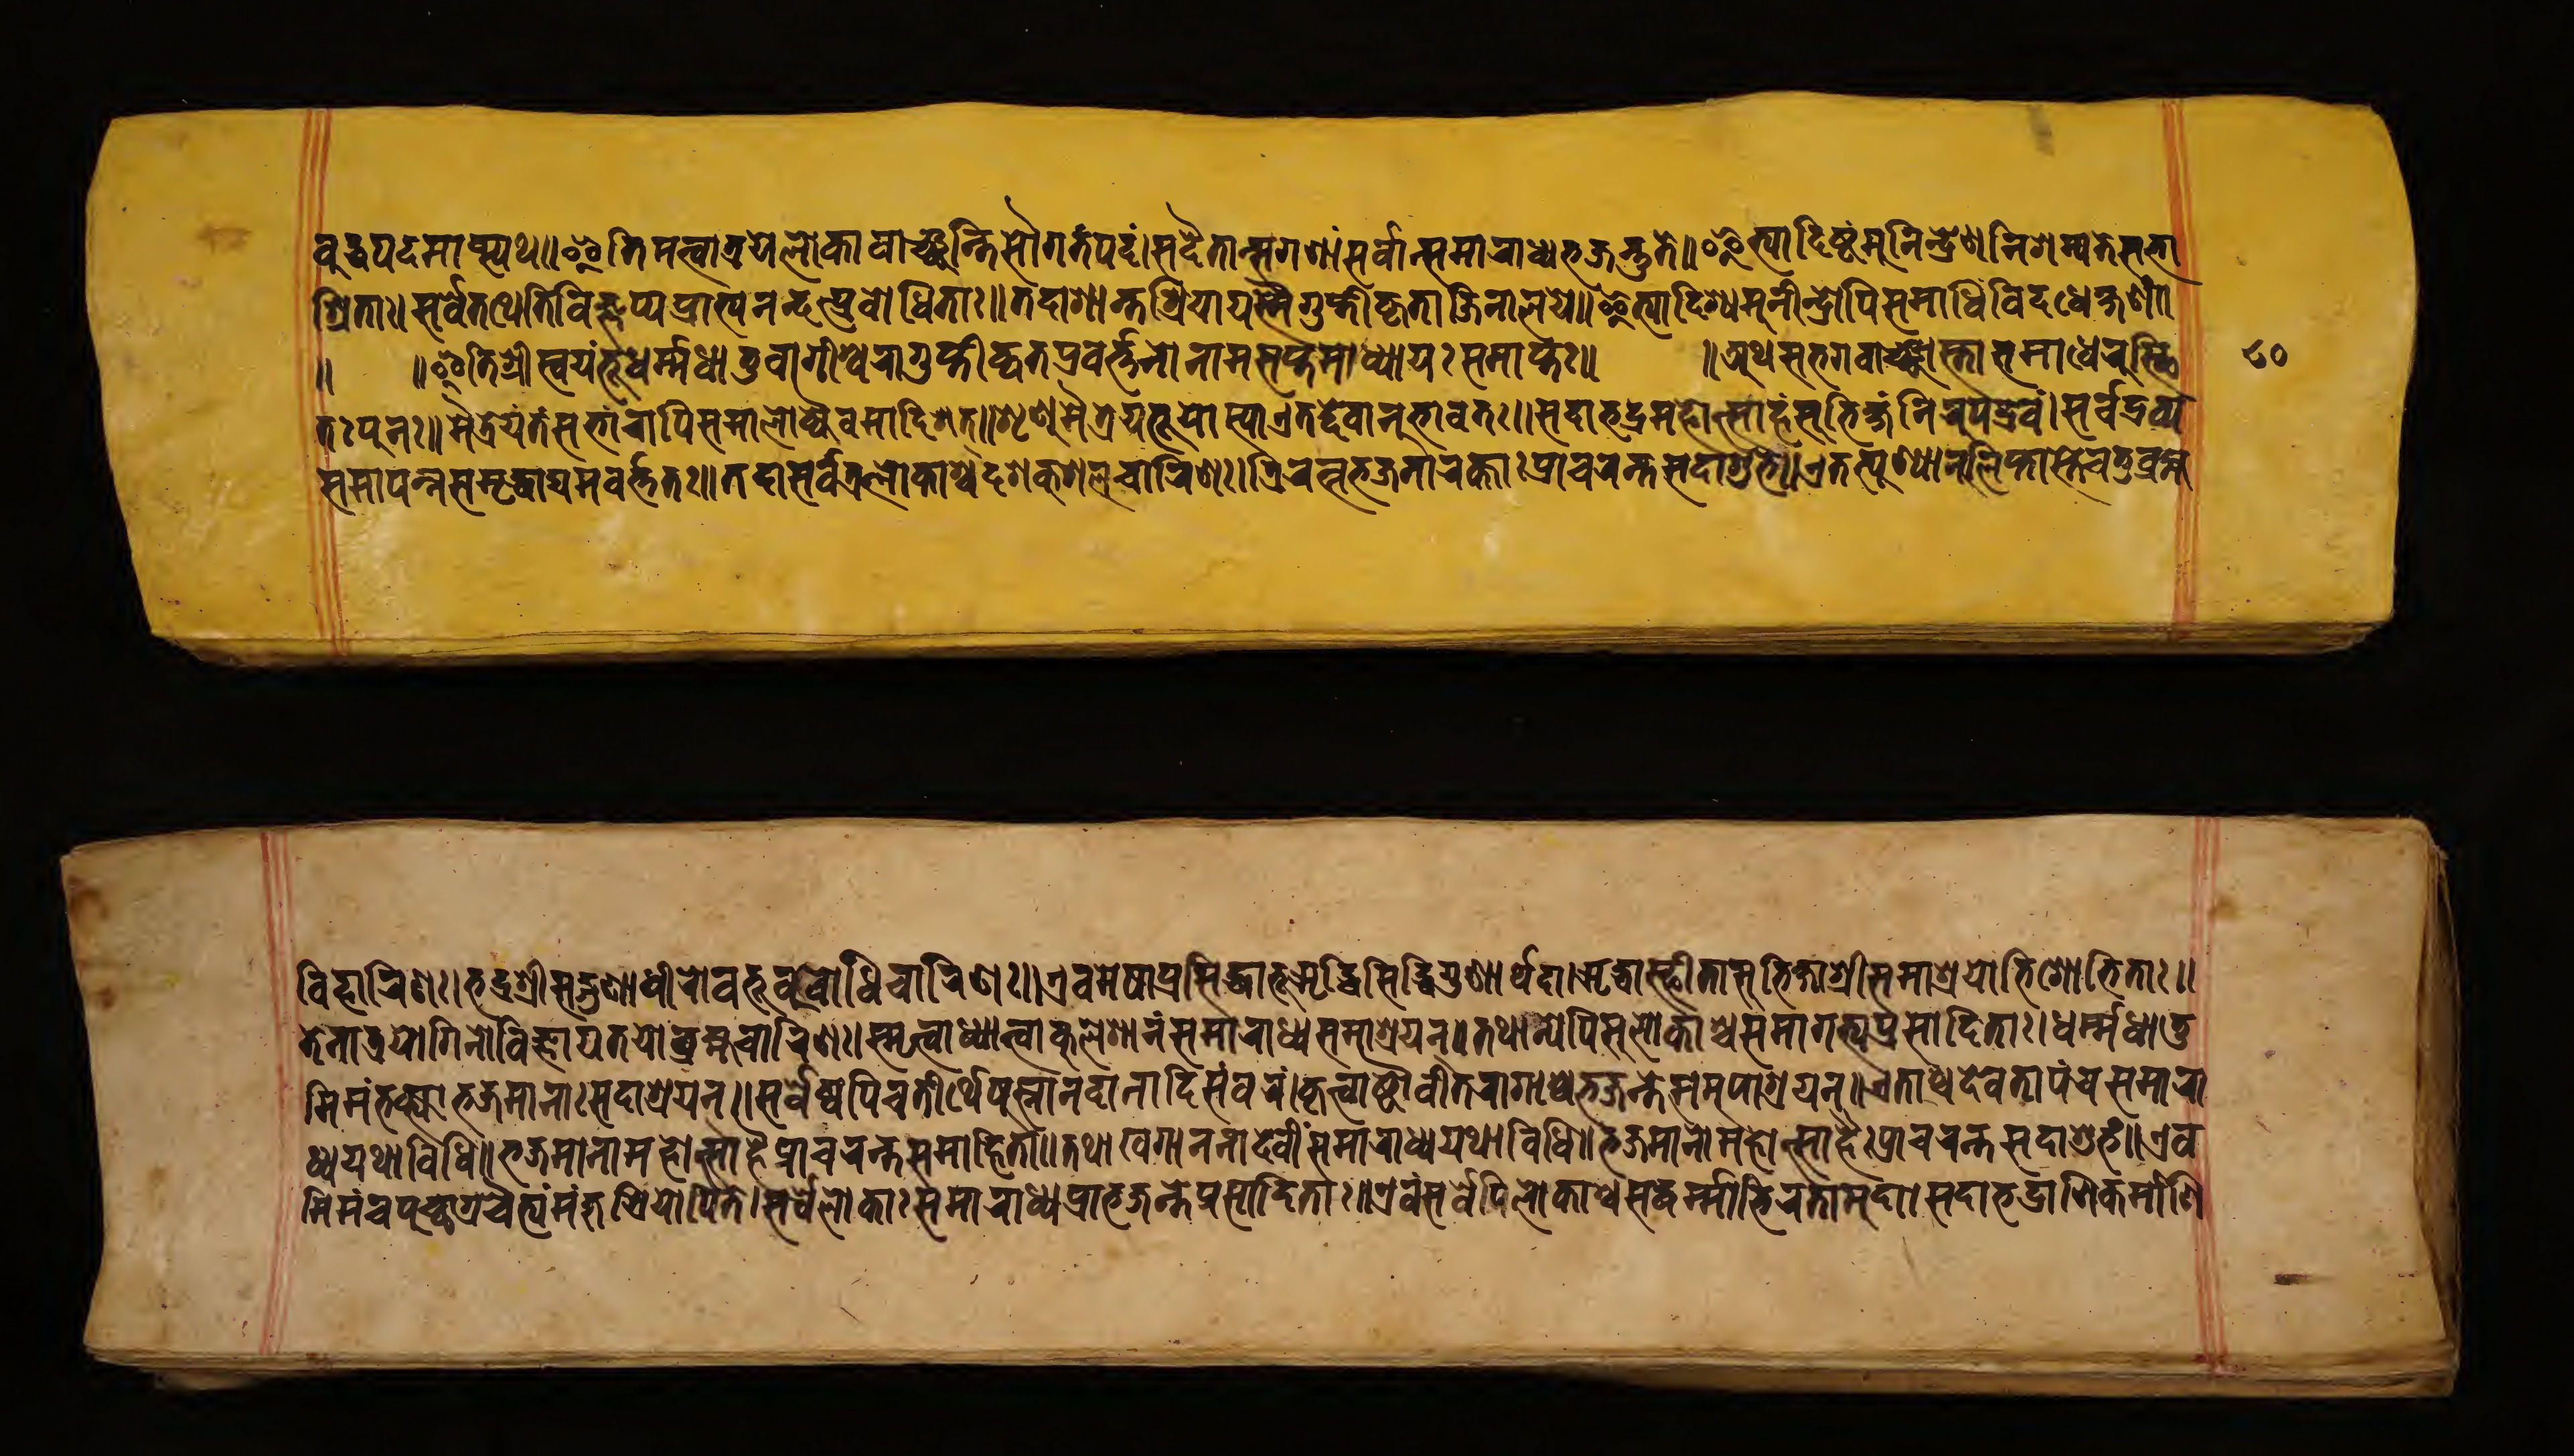
𑐧𑐸𑐡𑑂𑐢𑐥𑐡𑐩𑐵𑐥𑑂𑐳𑑂𑐫𑐠𑑌𑐂𑐟𑐶𑐩𑐟𑑂𑐰𑐵𑐟𑑂𑐬𑐫𑐾𑐮𑑀𑐎𑐵𑐬𑑂𑐰𑐵𑐘𑑂𑐕𑐣𑑂𑐟𑐶𑐳𑑁𑐐𑐟𑑄𑐥𑐡𑑄𑑋𑐳𑐡𑐾𑐰𑐵𑐣𑑂𑐳𑐐𑐞𑐵𑑄𑐳𑐬𑑂𑐰𑐵𑐣𑑂𑐳𑐩𑐵𑐬𑐵𑐢𑑂𑐫𑐨𑐖𑐣𑑂𑐟𑐸𑐟𑐾𑑌𑐂𑐟𑑂𑐫𑐵𑐡𑐶𑐲𑑂𑐚𑑄𑐩𑐸𑐣𑐷𑐣𑑂𑐡𑑂𑐬𑐾𑐞𑐣𑐶𑐱𑐩𑑂𑐫𑐟𑐾𑐳𑐨𑐵 𑐱𑑂𑐬𑐶𑐟𑐵𑑅𑑋𑐳𑐬𑑂𑐰𑐾𑐟𑐠𑐾𑐟𑐶𑐰𑐶𑐖𑑂𑐘𑐥𑑂𑐫𑐥𑑂𑐬𑐵𑐨𑑂𑐫𑐣𑐣𑑂𑐡𑐣𑑂𑐥𑑂𑐬𑐧𑑀𑐢𑐶𑐟𑐵𑑅𑑌𑐟𑐡𑐵𑐱𑐵𑐣𑑂𑐟𑐱𑑂𑐬𑐶𑐫𑐵𑐫𑑄𑐳𑑂𑐳𑑄𑐐𑐸𑐥𑑂𑐟𑐶𑐎𑐺𑐟𑑀𑐖𑐶𑐣𑐵𑐮𑐫𑑅𑑌𑐂𑐟𑑂𑐫𑐵𑐡𑐶𑐱𑑂𑐫𑐩𑐸𑐣𑐷𑐣𑑂𑐡𑑂𑐬𑑀𑐥𑐶𑐳𑐩𑐵𑐢𑐶𑑄𑐰𑐶𑐡𑑂𑐢𑐾𑐎𑑂𑐲𑐞𑑄𑑋 𑐟𑑅𑐥𑐸𑐣𑑅𑑌𑐩𑐿𑐟𑑂𑐬𑐾𑐫𑑄𑐟𑑄𑐳𑐨𑐵𑑄𑐬𑐵𑐥𑐶𑐳𑐩𑐵𑐮𑑀𑐎𑑂𑐫𑐿𑐰𑐩𑐵𑐡𑐶𑐱𑐟𑑂𑑌𑐱𑐺𑐞𑐸𑐩𑐿𑐟𑑂𑐬𑐾𑐫𑐨𑐹𑐫𑑀𑐳𑑂𑐫𑐵𑐊𑐟𑐡𑑂𑐡𑐾𑐰𑐵𑐣𑐸𑐨𑐵𑐰𑐟𑑅𑑌𑐳𑐡𑐵𑐨𑐡𑑂𑐬𑐩𑐴𑑀𑐟𑑂𑐳𑐵𑐴𑑄𑐳𑐸𑐨𑐶𑐎𑑂𑐲𑑄𑐣𑐶𑐬𑐸𑐥𑐡𑑂𑐬𑐰𑐵𑑄 𑑌𑐂𑐟𑐶𑐱𑑂𑐬𑐷𑐳𑑂𑐰𑐫𑑄𑐨𑐹𑐢𑐬𑑂𑐩𑑂𑐩𑐢𑐵𑐟𑐸𑐰𑐵𑐐𑐷𑐱𑑂𑐰𑐬𑐵𑐐𑐸𑐥𑑂𑐟𑐷𑐧𑑂𑐰𑐟𑐥𑑂𑐬𑐰𑐬𑑂𑐨𑐹𑐣𑑀𑐣𑐵𑐩𑐳𑐥𑑂𑐟𑐩𑐵𑐢𑐵𑐫𑑅𑐳𑐩𑐵𑐥𑑂𑐟𑑅𑑌 𑑌𑐀𑐠𑐳𑐨𑐐𑐰𑐵𑐘𑑂𑐕𑐵𑐳𑑂𑐟𑐵𑐳𑐩𑐵𑐢𑐾𑐬𑐸𑐟𑑂𑐠𑐶 𑐳𑐬𑑂𑐰𑐡𑑂𑐬𑐰𑑂𑐫𑐳𑐩𑐵𑐥𑐣𑑂𑐣𑐳𑐩𑐺𑐡𑑂𑐢𑐵𑐫𑐩𑐰𑐬𑑂𑐟𑑂𑐟𑐟𑑅𑑌𑐟𑐡𑐵𑐳𑐬𑑂𑐰𑐟𑑂𑐬𑐮𑑀𑐎𑐵𑐱𑑂𑐔𑐡𑐱𑐎𑐸𑐱𑐮𑐔𑐵𑐬𑐶𑐞𑑅𑑋𑐟𑑂𑐬𑐶𑐬𑐟𑑂𑐣𑐨𑐖𑐣𑐵𑐬𑐎𑑂𑐟𑐵𑑅𑐥𑑂𑐬𑐵𑐔𑐬𑐣𑑂𑐟𑐳𑐡𑐵𑐱𑐸𑐨𑐵𑑄𑑌𑐊𑐟𑐟𑑂𑐥𑐸𑐞𑑂𑐫𑐵𑐣𑐸𑐮𑐶𑐥𑑂𑐟𑐵𑐳𑑂𑐟𑐾𑐔𑐟𑐸𑐧𑑂𑐬𑐴𑑂𑐩 𑐰𑐶𑐴𑐵𑐬𑐶𑐞𑑅𑑋𑐨𑐡𑑂𑐬𑐱𑑂𑐬𑐷𑐳𑐡𑑂𑐐𑐸𑐞𑐵𑐢𑐷𑐬𑑀𑐧𑐨𑐹𑐰𑐸𑐧𑑀𑐢𑐶𑐔𑐵𑐬𑐶𑐞𑑅𑑌𑐊𑐰𑐩𑐾𑐲𑐵𑐥𑑂𑐬𑐳𑐶𑐡𑑂𑐢𑐵𑐨𑐹𑐆𑐡𑑂𑐢𑐶𑐳𑐶𑐡𑑂𑐢𑐶𑐐𑐸𑐞𑐵𑐬𑑂𑐠𑐡𑐵𑑋𑐆𑐡𑑂𑐢𑐵𑐳𑑂𑐠𑐷𑐟𑐵𑐳𑐸𑐨𑐶𑐎𑑂𑐲𑐵𑐱𑑂𑐬𑐷𑐳𑐩𑐵𑐱𑑂𑐬𑐾𑐫𑑀𑐨𑐶𑐱𑑀𑐨𑐶𑐟𑐵𑑅𑑌 𑐟𑐾𑐣𑐵𑐟𑑂𑐬𑐫𑑀𑐐𑐶𑐣𑑀𑐰𑐶𑐖𑑂𑐘𑐵𑐫𑐟𑐫𑑀𑐧𑑂𑐬𑐴𑑂𑐩𑐔𑐵𑐬𑐶𑐞𑑅𑑋𑐳𑑂𑐩𑐺𑐟𑑂𑐰𑐵𑐢𑑂𑐫𑐵𑐟𑑂𑐰𑐵𑐎𑐸𑐮𑐾𑐱𑐵𑐣𑑄𑐳𑐩𑐵𑐬𑐵𑐢𑑂𑐫𑐳𑐩𑐵𑐱𑑂𑐬𑐫𑐣𑑂𑑌𑐟𑐠𑐵𑐣𑑂𑐫𑐾𑐥𑐶𑐳𑐸𑐮𑑀𑐎𑐵𑐱𑑂𑐔𑐳𑐩𑐵𑐐𑐟𑑂𑐫𑐥𑑂𑐬𑐳𑐵𑐡𑐶𑐟𑐵𑑅𑑋𑐢𑐬𑑂𑐩𑑂𑐩𑐢𑐵𑐟𑐸 𑐩𑐶𑐩𑑄𑐨𑐎𑑂𑐟𑑂𑐰𑐵𑐨𑐖𑐩𑐵𑐣𑐵𑑅𑐳𑐡𑐵𑐱𑑂𑐬𑐫𑐣𑑂𑑌𑐳𑐬𑑂𑐰𑐾𑐲𑑂𑐰𑐥𑐶𑐔𑐟𑐷𑐬𑑂𑐠𑐾𑐲𑐸𑐳𑑂𑐣𑐵𑐣𑐡𑐵𑐣𑐵𑐡𑐶𑐳𑑄𑐰𑐬𑑄𑑋𑐎𑐺𑐟𑑂𑐰𑐵𑐲𑑂𑐚𑑁𑐰𑐷𑐟𑐬𑐵𑐐𑐵𑐱𑑂𑐔𑐨𑐖𑐣𑑂𑐟𑐾𑐳𑐩𑐸𑐥𑐵𑐱𑑂𑐬𑐫𑐣𑑂𑑌𑐊𑐟𑐵𑐱𑑂𑐔𑐡𑐾𑐰𑐟𑐵𑐥𑑄𑐔𑐳𑐩𑐵𑐬𑐵 𑐢𑑂𑐫𑐫𑐠𑐵𑐰𑐶𑐢𑐶𑑌𑐨𑐖𑐩𑐵𑐣𑐵𑐩𑐴𑑀𑐟𑑂𑐳𑐵𑐴𑐿𑐥𑑂𑐬𑐵𑐔𑐬𑐣𑑂𑐟𑐳𑐩𑐵𑐴𑐶𑐟𑐵𑑄𑑌𑐟𑐠𑐵𑐏𑐐𑐵𑐣𑐣𑐵𑐡𑐾𑐰𑐷𑑄𑐳𑐩𑐵𑐬𑐵𑐢𑑂𑐫𑐫𑐠𑐵𑐰𑐶𑐢𑐶𑑌𑐨𑐖𑐩𑐵𑐣𑐵𑐩𑐴𑑀𑐟𑑂𑐳𑐵𑐴𑐿𑑅𑐥𑑂𑐬𑐵𑐔𑐬𑐣𑑂𑐟𑐳𑐡𑐵𑐱𑐸𑐨𑑄𑑌𑐊𑐰 𑐩𑐶𑐩𑑄𑐔𑐥𑐸𑐔𑑂𑐕𑐵𑐐𑑂𑐬𑐾𑐔𑐿𑐟𑑂𑐫𑑄𑐩𑑄𑐖𑐸𑐱𑑂𑐬𑐶𑐫𑑀𑐥𑐶𑐟𑐾𑑋𑐳𑐬𑑂𑐰𑐾𑐮𑑀𑐎𑐵𑑅𑐳𑐩𑐵𑐬𑐵𑐢𑑂𑐫𑐥𑑂𑐬𑐵𑐨𑐖𑐣𑑂𑐟𑐾𑐥𑑂𑐬𑐳𑐵𑐡𑐶𑐟𑐵𑑅𑑌𑐊𑐰𑑄𑐳𑐬𑑂𑐰𑐾𑐥𑐶𑐮𑑀𑐎𑐵𑐱𑑂𑐔𑐳𑐡𑑂𑐢𑐬𑑂𑐩𑐵𑐨𑐶𑐬𑐟𑐵𑐩𑐸𑐡𑐵𑑋𑐳𑐡𑐵𑐨𑐡𑑂𑐬𑐵𑐞𑐶𑐎𑐬𑑂𑐩𑐵𑐞𑐶 𑑘𑑐